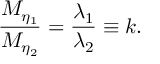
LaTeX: { \frac { M _ { \eta _ { 1 } } } { M _ { \eta _ { 2 } } } } = { \frac { \lambda _ { 1 } } { \lambda _ { 2 } } } \equiv k .